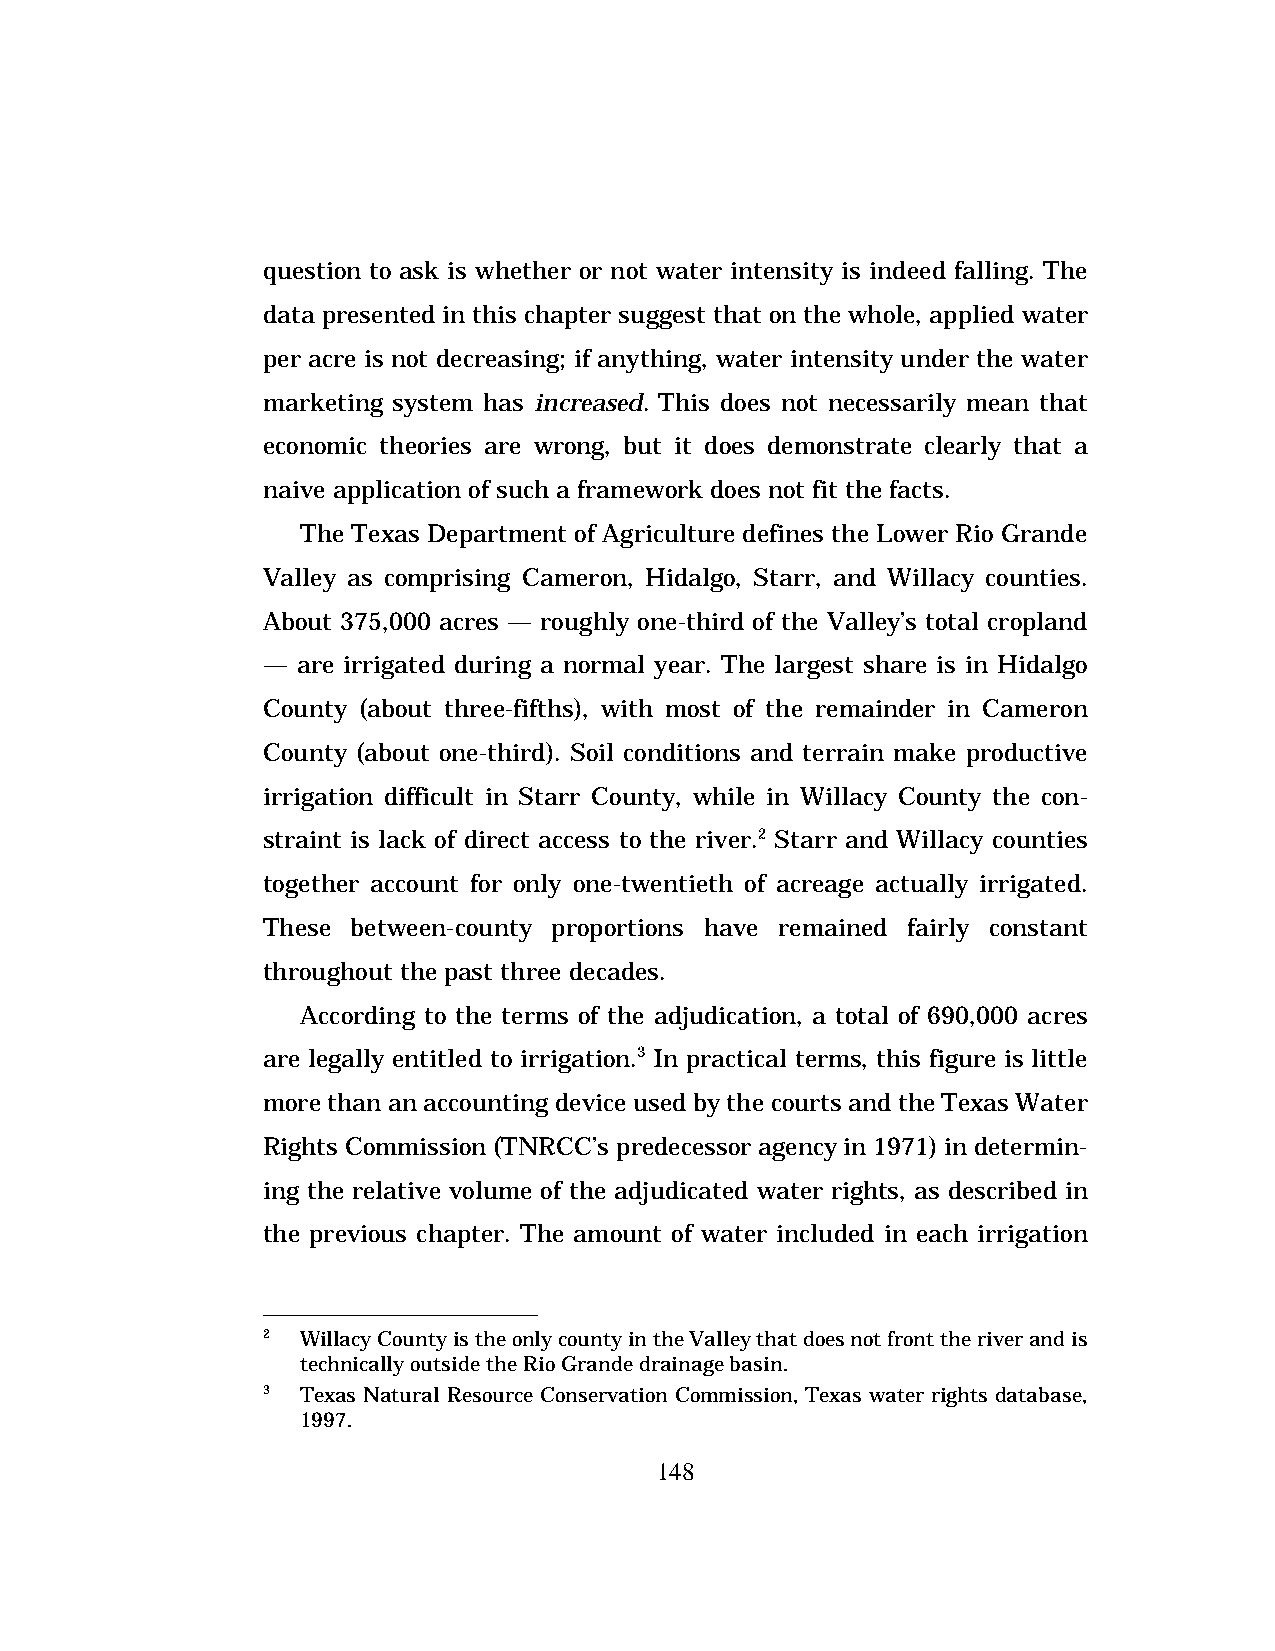
question to ask is whether or not water intensity is indeed falling. The
 data presented in this chapter suggest that on the whole, applied water
 per acre is not decreasing; if anything, water intensity under the water
 marketing system has increased. This does not necessarily mean that
 economic theories are wrong, but it does demonstrate clearly that a
 naive application of such a framework does not fit the facts.
 The Texas Department of Agriculture defines the Lower Rio Grande
 Valley as comprising Cameron, Hidalgo, Starr, and Willacy counties.
 About 375,000 acres — roughly one-third of the Valley’s total cropland
 —  are irrigated during a normal year. The largest share is in Hidalgo
 County (about three-fifths), with most of the remainder in Cameron
 County (about one-third). Soil conditions and terrain make productive
 irrigation difficult in Starr County, while in Willacy County the con-
 straint is lack of direct access to the river.2 Starr and Willacy counties
 together account for only one-twentieth of acreage actually irrigated.
 These between-county proportions have remained fairly constant
 throughout the past three decades.
 According to the terms of the adjudication, a total of 690,000 acres
 are legally entitled to irrigation.3 In practical terms, this figure is little
 more than an accounting device used by the courts and the Texas Water
 Rights Commission (TNRCC’s predecessor agency in 1971) in determin-
 ing the relative volume of the adjudicated water rights, as described in
 the previous chapter. The amount of water included in each irrigation
 2  Willacy County is the only county in the Valley that does not front the river and is
 technically outside the Rio Grande drainage basin.
 3  Texas Natural Resource Conservation Commission, Texas water rights database,
 1997.
 148